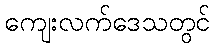
ကျေးလက်ဒေသတွင်